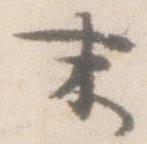
末